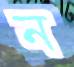
ন